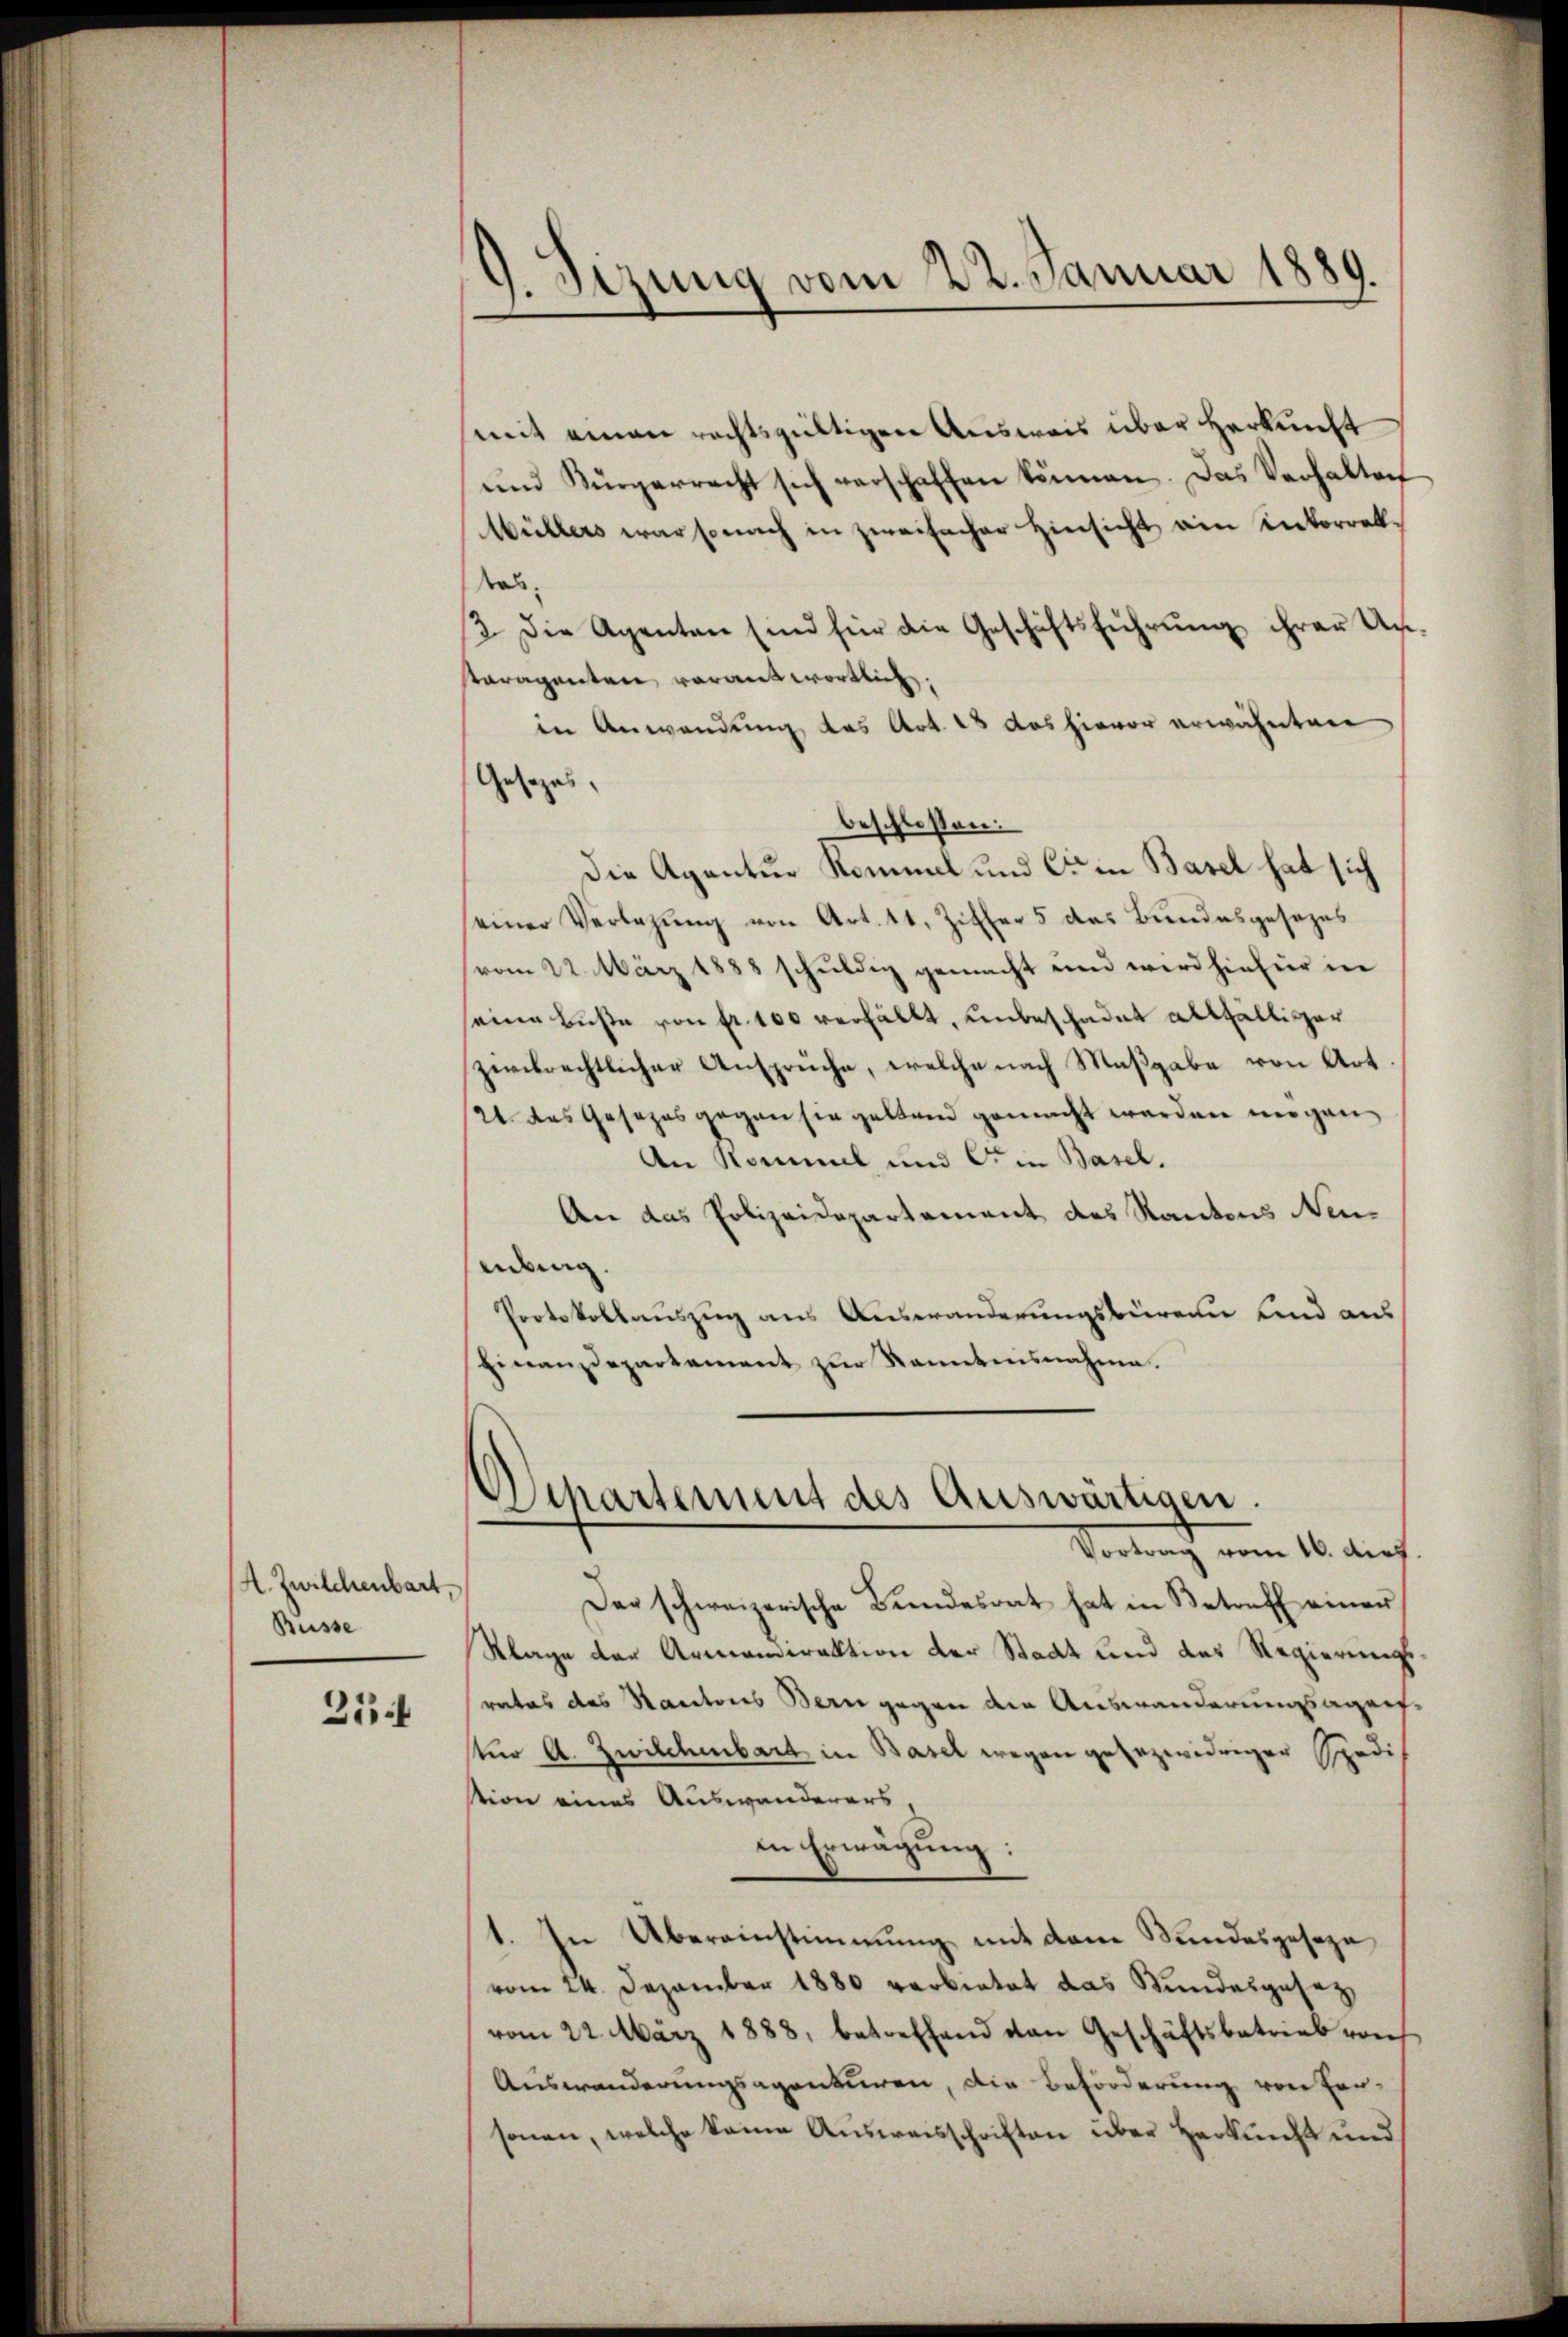
A. Zwilchenbart,
Büsse

254

Sizung vom 22. Januar 1889.

mit einen rechtsgültigen Ausweis über Herkunft
und Bürgerrecht sich verschaffen können. Das Verhalten
Wüllers war sonach in zweifacher Hinsicht ein Inkorrektas,
3. Die Agenten sind für die Geschäftsführŭng ihrer Un
staragenten verantwortlich,
in Anwendung des Art. 28 das hievor erwähnten
Gesezes-
beschlossen:
Die Agentur Rommel und Cie in Basel hat sich
einer Verlesung von Art. 11, Ziffer 5 das Bundesgesezes
vom 22. März 1888 schuldig gemacht und wird hiefür in
seine Buße von fr. 100 verfällt, unbeschadet allfälliger
zwikrechtlicher Ansprüche, welche nach Maßgabe von Art
21. das Gesezes gegen sie geltend gemacht werden mögen
An Rommel und in Basel.
An das Polizeidepartement des Kantons Neuebung.
Protokollauszug aus Auswanderungsbüren und aus
finanzdepartement zŭr Kenntnisnahme.
Separtement des Auswärtigen.
Vortrag vom 16. dies
Der schweizerische Bundesrat hat in Betreff einer
Klage der Armandirektion der Staat und des Regierungsrates des Kantons Bern gegen die Auswanderungsagen,
tür A. Zwilchenbart in Basel wegen gesezwidriger Sper
stion eines Auswanderers,
in Erwägung:
1. In Übereinstimmung mit dem Wundesgeseze
vom 24. Dezember 1880 verbietet das Wundesgesetz
vom 22. März 1888, betreffend den Geschäftsbetrieb von
Auswanderungsagenturen, die Beförderung von Hersonen, welche keine Ausweisschriften über Herkunft und